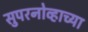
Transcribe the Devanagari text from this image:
सुपरनोव्हाच्या